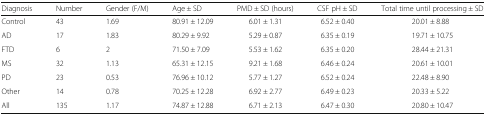
<table><thead><tr><td><b>Diagnosis</b></td><td><b>Number</b></td><td><b>Gender (F/M)</b></td><td><b>Age ± SD</b></td><td><b>PMD ± SD (hours)</b></td><td><b>CSF pH ± SD</b></td><td><b>Total time until processing ± SD</b></td></tr></thead><tbody><tr><td>Control</td><td>43</td><td>1.69</td><td>80.91 ± 12.09</td><td>6.01 ± 1.31</td><td>6.52 ± 0.40</td><td>20.01 ± 8.88</td></tr><tr><td>AD</td><td>17</td><td>1.83</td><td>80.29 ± 9.92</td><td>5.29 ± 0.87</td><td>6.35 ± 0.19</td><td>19.71 ± 10.75</td></tr><tr><td>FTD</td><td>6</td><td>2</td><td>71.50 ± 7.09</td><td>5.53 ± 1.62</td><td>6.35 ± 0.20</td><td>28.44 ± 21.31</td></tr><tr><td>MS</td><td>32</td><td>1.13</td><td>65.31 ± 12.15</td><td>9.21 ± 1.68</td><td>6.46 ± 0.24</td><td>20.61 ± 10.01</td></tr><tr><td>PD</td><td>23</td><td>0.53</td><td>76.96 ± 10.12</td><td>5.77 ± 1.27</td><td>6.52 ± 0.24</td><td>22.48 ± 8.90</td></tr><tr><td>Other</td><td>14</td><td>0.78</td><td>70.25 ± 12.28</td><td>6.92 ± 2.77</td><td>6.49 ± 0.23</td><td>20.33 ± 5.22</td></tr><tr><td>All</td><td>135</td><td>1.17</td><td>74.87 ± 12.88</td><td>6.71 ± 2.13</td><td>6.47 ± 0.30</td><td>20.80 ± 10.47</td></tr></tbody></table>